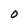
Character: O